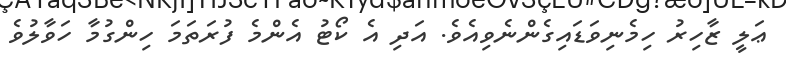
ޢަލީ ޒާހިރު ހިމެނިވަޑައިގެންނެވިއެވެ. އަދި އެ ކޯޓު އެންމެ ފުރަތަމަ ހިންގުމާ ހަވާލުވެ